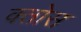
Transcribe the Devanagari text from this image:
क्तोस